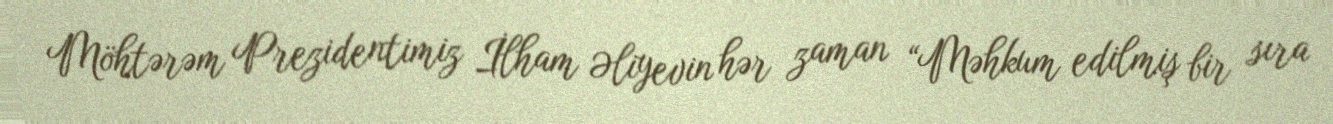
Möhtərəm Prezidentimiz İlham Əliyevin hər zaman “Məhkum edilmiş bir sıra